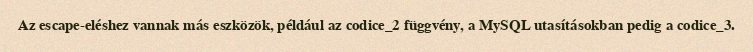
Az escape-eléshez vannak más eszközök, például az codice_2 függvény, a MySQL utasításokban pedig a codice_3.